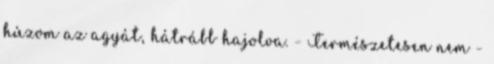
húzom az agyát, hátrább hajolva. - Természetesen nem -